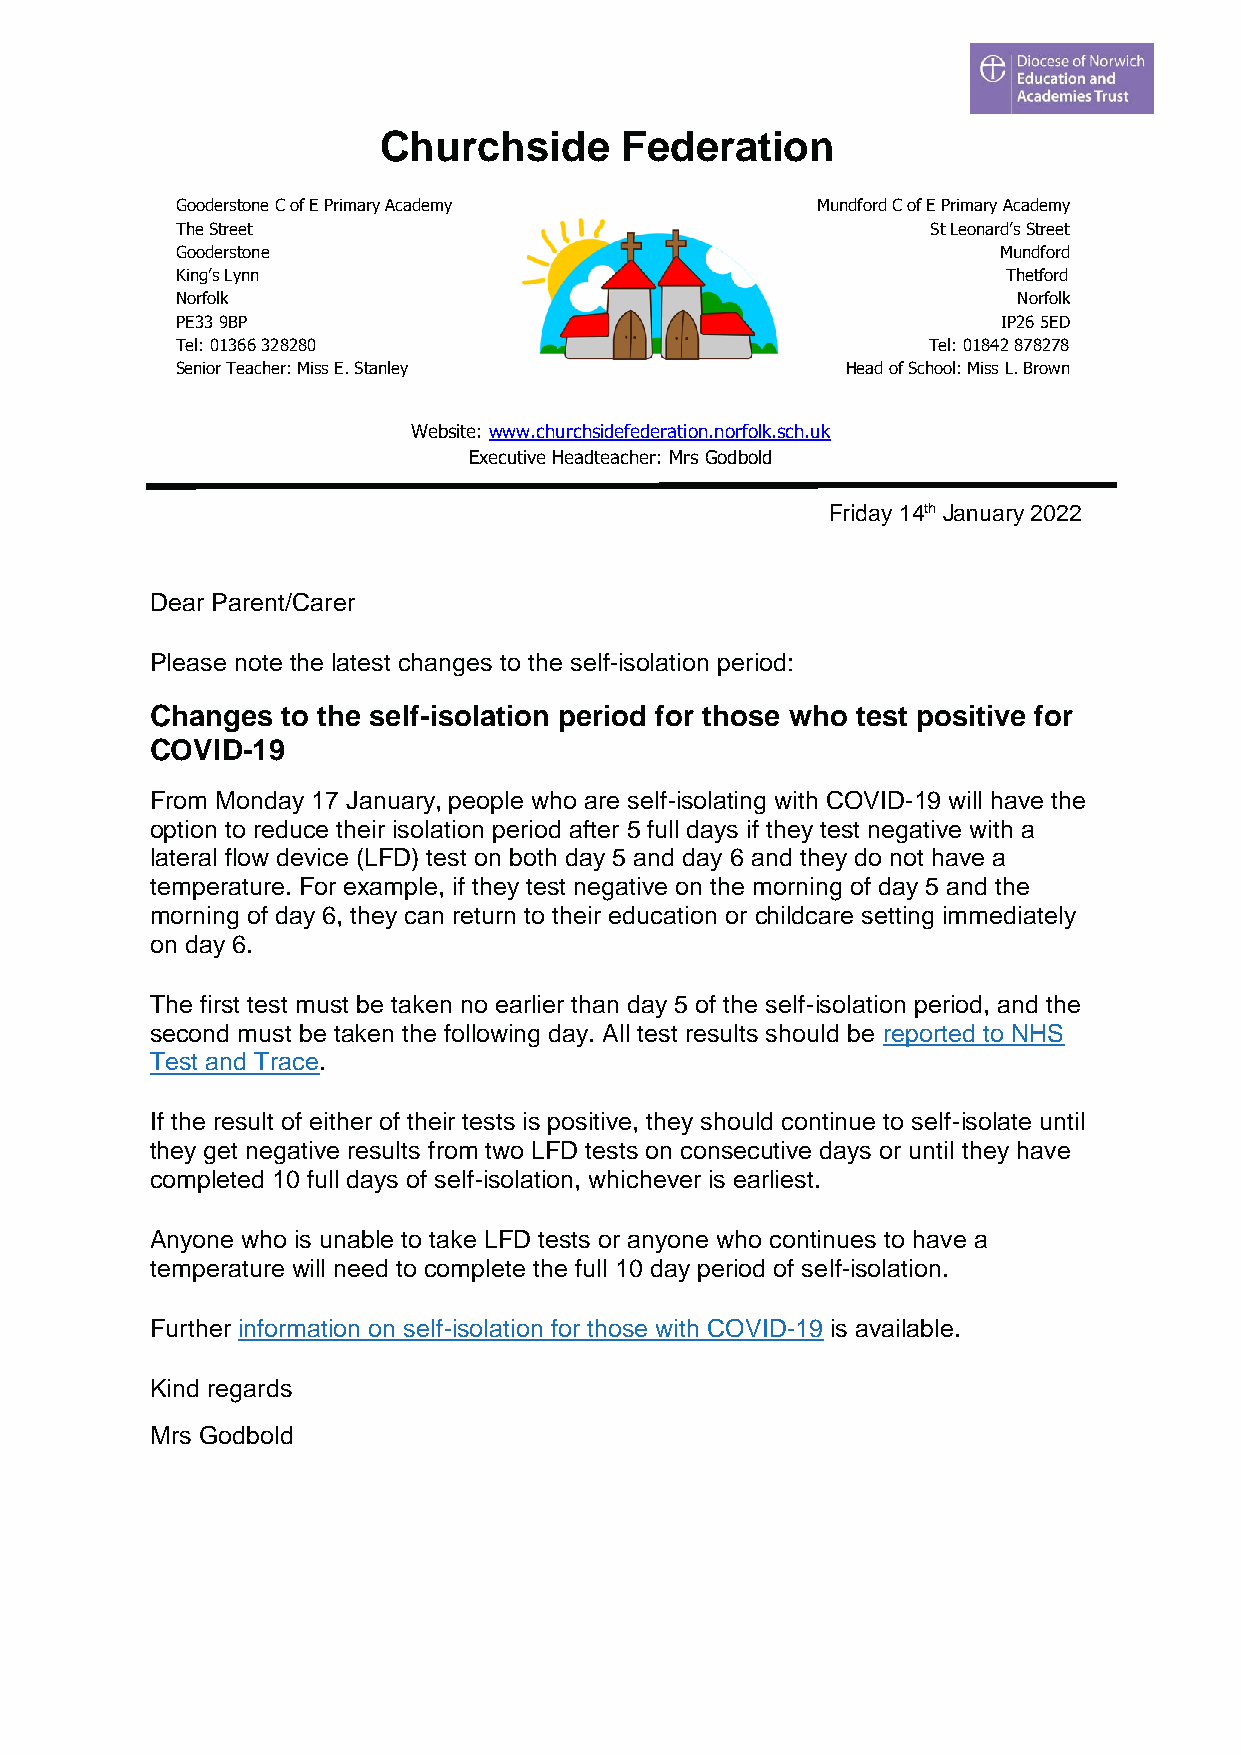
Churchside      Federation
 Gooderstone C of E Primary Academy        Mundford C of E Primary Academy
 The Street                                        St Leonard’s Street
 Gooderstone                                           Mundford
 King’s Lynn                                            Thetford
 Norfolk                                                Norfolk
 PE33 9BP                                              IP26 5ED
 Tel: 01366 328280                                Tel: 01842 878278
 Senior Teacher: Miss E. Stanley             Head of School: Miss L. Brown
 Website: www.churchsidefederation.norfolk.sch.uk
 Executive Headteacher: Mrs Godbold
 Friday 14th January 2022
 Dear Parent/Carer
 Please note the latest changes to the self-isolation period:
 Changes  to the self-isolation period for those who test positive for
 COVID-19
 From Monday 17 January, people who are self-isolating with COVID-19 will have the
 option to reduce their isolation period after 5 full days if they test negative with a
 lateral flow device (LFD) test on both day 5 and day 6 and they do not have a
 temperature. For example, if they test negative on the morning of day 5 and the
 morning of day 6, they can return to their education or childcare setting immediately
 on day 6.
 The first test must be taken no earlier than day 5 of the self-isolation period, and the
 second must be taken the following day. All test results should be reported to NHS
 Test and Trace.
 If the result of either of their tests is positive, they should continue to self-isolate until
 they get negative results from two LFD tests on consecutive days or until they have
 completed 10 full days of self-isolation, whichever is earliest.
 Anyone who is unable to take LFD tests or anyone who continues to have a
 temperature will need to complete the full 10 day period of self-isolation.
 Further information on self-isolation for those with COVID-19 is available.
 Kind regards
 Mrs Godbold